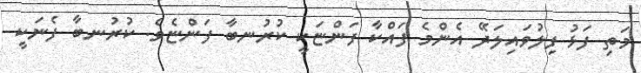
މަތި ފަޅު ފިލުވައިލަދޭ އެންމެ ފައްކާ ފަންޏަކީ ކުރުނބާ ފަންޏެވެ. ކުރުނބާ ފެނަކީ